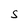
Character: S